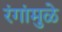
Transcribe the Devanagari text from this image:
रंगांमुळे